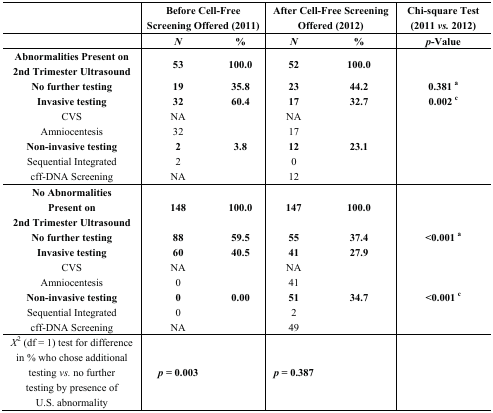
<table><thead><tr><td></td><td colspan="2"><b>Before Cell-Free Screening Offered (2011)</b></td><td colspan="2"><b>After Cell-Free Screening Offered (2012)</b></td><td><b>Chi-square Test (2011 <i>vs.</i> 2012)</b></td></tr><tr><td></td><td><b><i>N</i></b></td><td><b>%</b></td><td><b><i>N</i></b></td><td><b>%</b></td><td><b><i>p</i>-Value</b></td></tr></thead><tbody><tr><td><b>Abnormalities Present on 2nd Trimester Ultrasound</b></td><td><b>53</b></td><td><b>100.0</b></td><td><b>52</b></td><td><b>100.0</b></td><td></td></tr><tr><td><b>No further testing</b></td><td><b>19</b></td><td><b>35.8</b></td><td><b>23</b></td><td><b>44.2</b></td><td><b>0.381 <sup>a</sup></b></td></tr><tr><td><b>Invasive testing</b></td><td><b>32</b></td><td><b>60.4</b></td><td><b>17</b></td><td><b>32.7</b></td><td><b>0.002 <sup>c</sup></b></td></tr><tr><td>CVS</td><td>NA</td><td></td><td>NA</td><td></td><td></td></tr><tr><td>Amniocentesis</td><td>32</td><td></td><td>17</td><td></td><td></td></tr><tr><td><b>Non-invasive testing</b></td><td><b>2</b></td><td><b>3.8</b></td><td><b>12</b></td><td><b>23.1</b></td><td></td></tr><tr><td>Sequential Integrated</td><td>2</td><td></td><td>0</td><td></td><td></td></tr><tr><td>cff-DNA Screening</td><td>NA</td><td></td><td>12</td><td></td><td></td></tr><tr><td><b>No Abnormalities Present on 2nd Trimester Ultrasound</b></td><td><b>148</b></td><td><b>100.0</b></td><td><b>147</b></td><td><b>100.0</b></td><td></td></tr><tr><td><b>No further testing</b></td><td><b>88</b></td><td><b>59.5</b></td><td><b>55</b></td><td><b>37.4</b></td><td><b>&lt;0.001 <sup>a</sup></b></td></tr><tr><td><b>Invasive testing</b></td><td><b>60</b></td><td><b>40.5</b></td><td><b>41</b></td><td><b>27.9</b></td><td></td></tr><tr><td>CVS</td><td>NA</td><td></td><td>NA</td><td></td><td></td></tr><tr><td>Amniocentesis</td><td>0</td><td></td><td>41</td><td></td><td></td></tr><tr><td><b>Non-invasive testing</b></td><td><b>0</b></td><td><b>0.00</b></td><td><b>51</b></td><td><b>34.7</b></td><td><b>&lt;0.001 <sup>c</sup></b></td></tr><tr><td>Sequential Integrated</td><td>0</td><td></td><td>2</td><td></td><td></td></tr><tr><td>cff-DNA Screening</td><td>NA</td><td></td><td>49</td><td></td><td></td></tr><tr><td><i>Χ</i><sup>2</sup> (df = 1) test for difference in % who chose additional testing <i>vs</i><i>.</i> no further testing by presence of U.S. abnormality</td><td><b><i>p</i> = 0.003</b></td><td></td><td><b><i>p</i> = 0.387</b></td><td></td><td></td></tr></tbody></table>